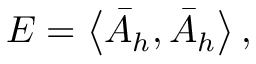
E = \left\langle \bar { A } _ { h } , \bar { A } _ { h } \right\rangle ,